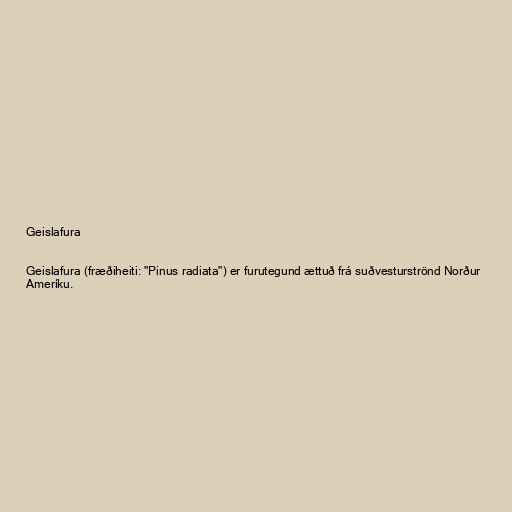
Geislafura

Geislafura (fræðiheiti: "Pinus radiata") er furutegund ættuð frá suðvesturströnd Norður
Ameríku.